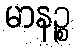
မာနဉ္စ